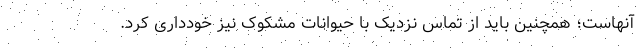
آنهاست؛ همچنین باید از تماس نزدیک با حیوانات مشکوک نیز خودداری کرد.